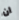
ان